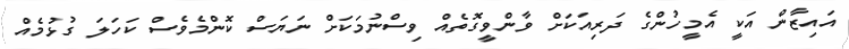
އައިޒާން އަކީ އެމީހުންގެ ދަރިއަކަށް ވާންވީގޮތެއް ވިސްނުމަކަށް ނަޔަސް ކޮންމެވެސް ކަހަލަ ގުޅުމެއް